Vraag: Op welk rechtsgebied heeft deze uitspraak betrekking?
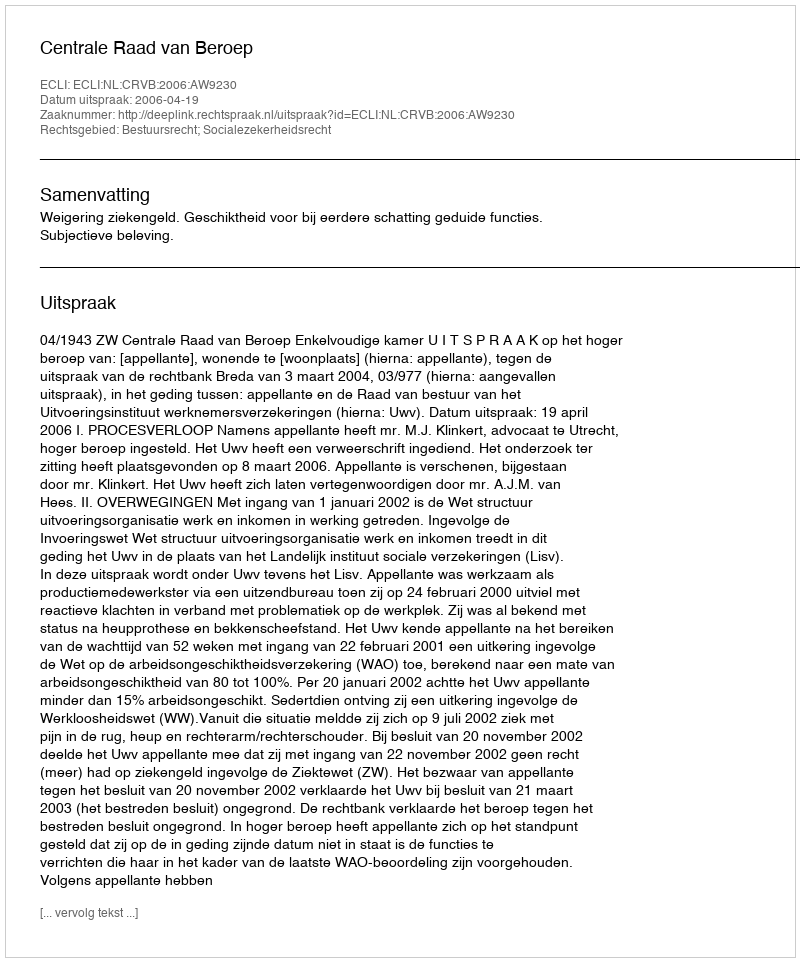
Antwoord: Bestuursrecht; Socialezekerheidsrecht